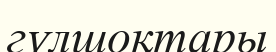
гүлшоқтары